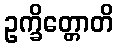
ဥက္ခိတ္တောတိ